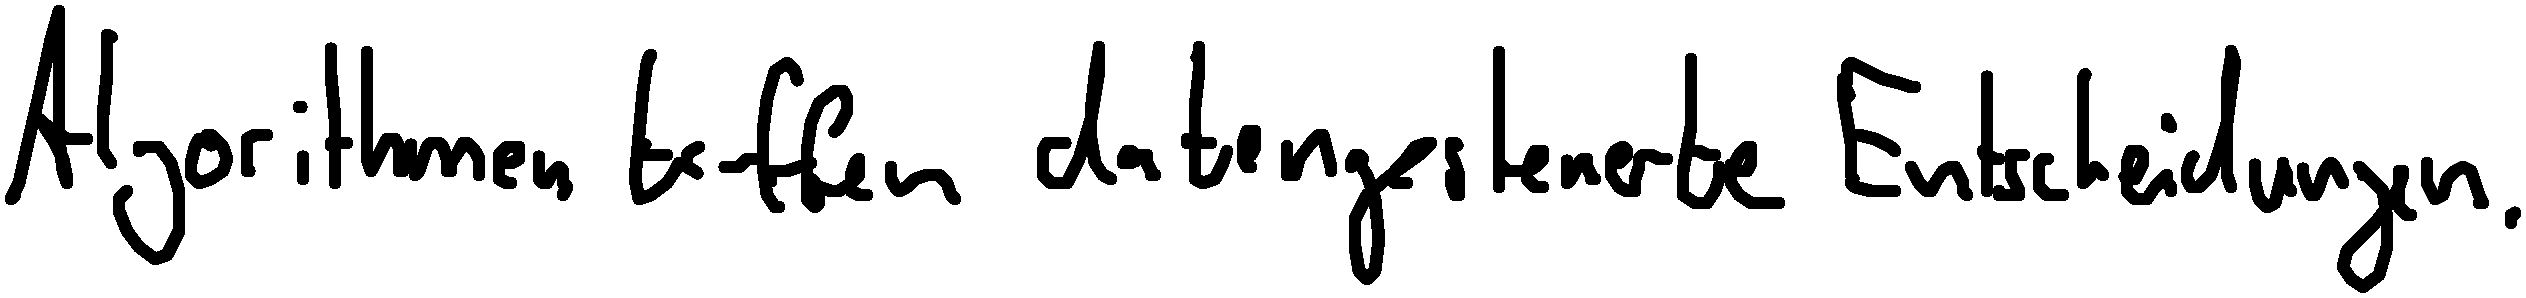
Algorithmen treffen datengesteuerte Entscheidungen.